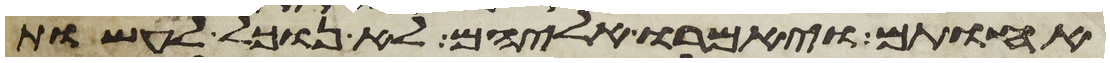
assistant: אחותם ויאמרו אליהם לא נוכל לעשות